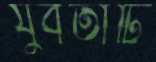
যুবতীটি